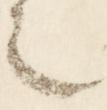
之